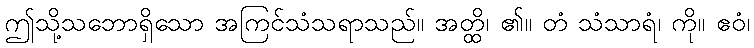
ဤသို့သဘောရှိသော အကြင်သံသရာသည်။ အတ္ထိ၊ ၏။ တံ သံသာရံ၊ ကို။ ဧဝံ၊